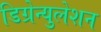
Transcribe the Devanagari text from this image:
डिग्रेन्युलेशन